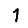
Digit: 1